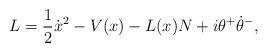
LaTeX: \begin{align*} L=\frac 12\dot x^2-V(x)-L(x)N+i\theta^+\dot\theta^-,\end{align*}